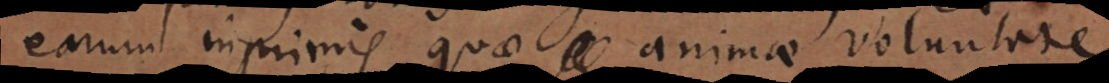
earum inprimis quae animae voluntate